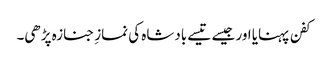
کفن پہنایا اور جیسے تیسے بادشاہ کی نمازِ جنازہ پڑھی۔